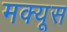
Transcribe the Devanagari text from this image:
मक्यूस